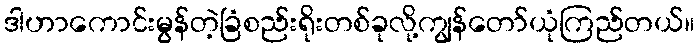
ဒါဟာကောင်းမွန်တဲ့ခြံစည်းရိုးတစ်ခုလို့ကျွန်တော်ယုံကြည်တယ်။